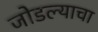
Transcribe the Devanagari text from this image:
जोडल्याचा